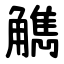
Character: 觹